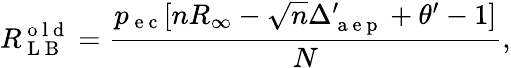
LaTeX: R_{\mathrm{~L~B~}}^{\mathrm{~o~l~d~}}=\frac{p_{\mathrm{~e~c~}}[nR_{\infty}-\sqrt{n}\Delta_{\mathrm{~a~e~p~}}^{\prime}+\theta^{\prime}-1]}{N},